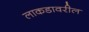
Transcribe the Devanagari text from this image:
लाकडावरील